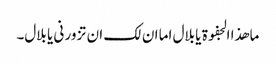
ما ھذا الجفوۃ یا بلال اما ان لک ان تزور نی یا بلال۔